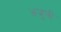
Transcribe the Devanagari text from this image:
अजूबी